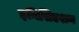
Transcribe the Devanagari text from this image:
इनिसिएशन